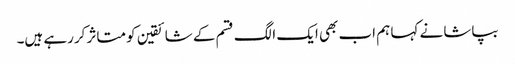
بپاشا نے کہا ہم اب بھی ایک الگ قسم کے شائقین کو متاثر کررہے ہیں۔